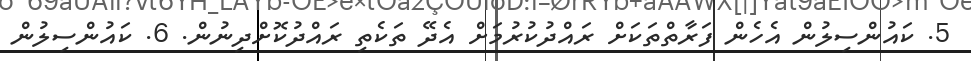
5. ކައުންސިލުން އެހެން ފަރާތްތަކަށް ރައްދުކުރުމަށް އެދޭ ތަކެތި ރައްދުކޮށްދިނުން. 6. ކައުންސިލުން